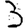
Digit: 3